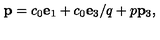
{ \bf p } = c _ { 0 } { \bf e } _ { 1 } + c _ { 0 } { \bf e } _ { 3 } / q + p { \bf p } _ { 3 } ,